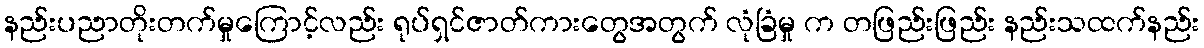
နည်းပညာတိုးတက်မှုကြောင့်လည်း ရုပ်ရှင်ဇာတ်ကားတွေအတွက် လုံခြံမှု က တဖြည်းဖြည်း နည်းသထက်နည်း